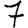
Digit: 7